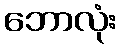
ဘောလုံး